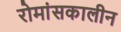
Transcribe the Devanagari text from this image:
रोमांसकालीन